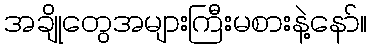
အချိုတွေအများကြီးမစားနဲ့နော်။